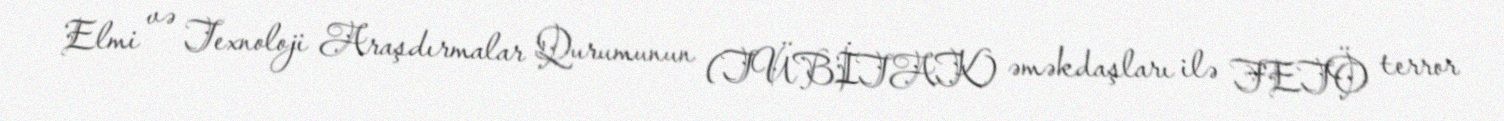
Elmi və Texnoloji Araşdırmalar Qurumunun (TÜBİTAK) əməkdaşları ilə FETÖ terror